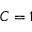
C = 1